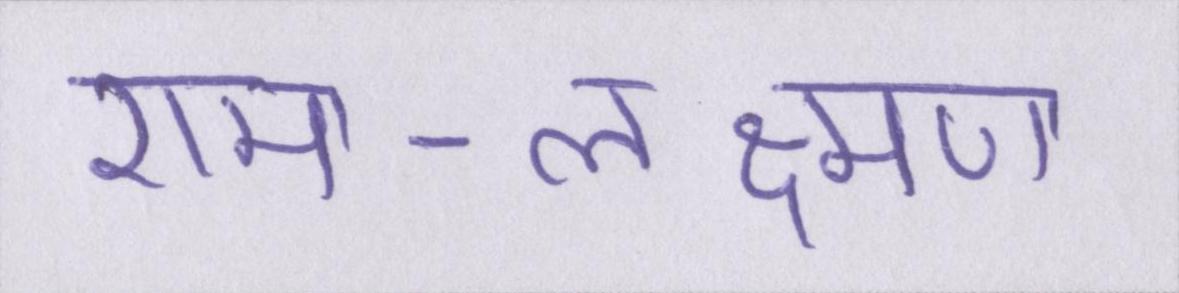
राम-लक्ष्मण